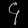
Digit: ၄